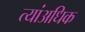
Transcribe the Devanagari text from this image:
त्यांअधिक